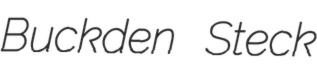
Buckden Steck